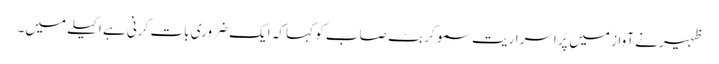
ظہیر نے آواز میں پُراسراریت سمو کر بٹ صاب کو کہا کہ ایک ضروری بات کرنی ہے اکیلے میں۔